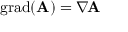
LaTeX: \operatorname { g r a d } ( \mathbf { A } ) = \nabla \! \mathbf { A }